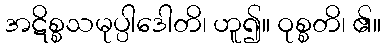
အဋိစ္စသမုပ္ပါဒေါတိ၊ ဟူ၍။ ဝုစ္စတိ၊ ၏။